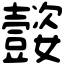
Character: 𡤜